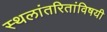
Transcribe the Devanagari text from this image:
स्थलांतरितांविषयी